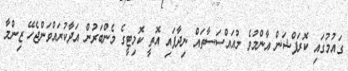
ގައުމުގައި ކޮރަޕްޝަން އާންމުވެ މުއައްސަސާތައް ނިދާފައި އޮތީ ކޮމިޓީގެ މެންބަރުން އަދާކުރައްވަންޖެހޭ ޒިންމާ